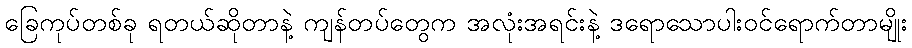
ခြေကုပ်တစ်ခု ရတယ်ဆိုတာနဲ့ ကျန်တပ်တွေက အလုံးအရင်းနဲ့ ဒရောသောပါးဝင်ရောက်တာမျိုး